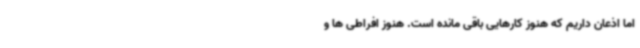
اما اذعان داریم که هنوز کارهایی باقی مانده است. هنوز افراطی ها و